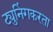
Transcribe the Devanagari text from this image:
ट्युनिंगकरता